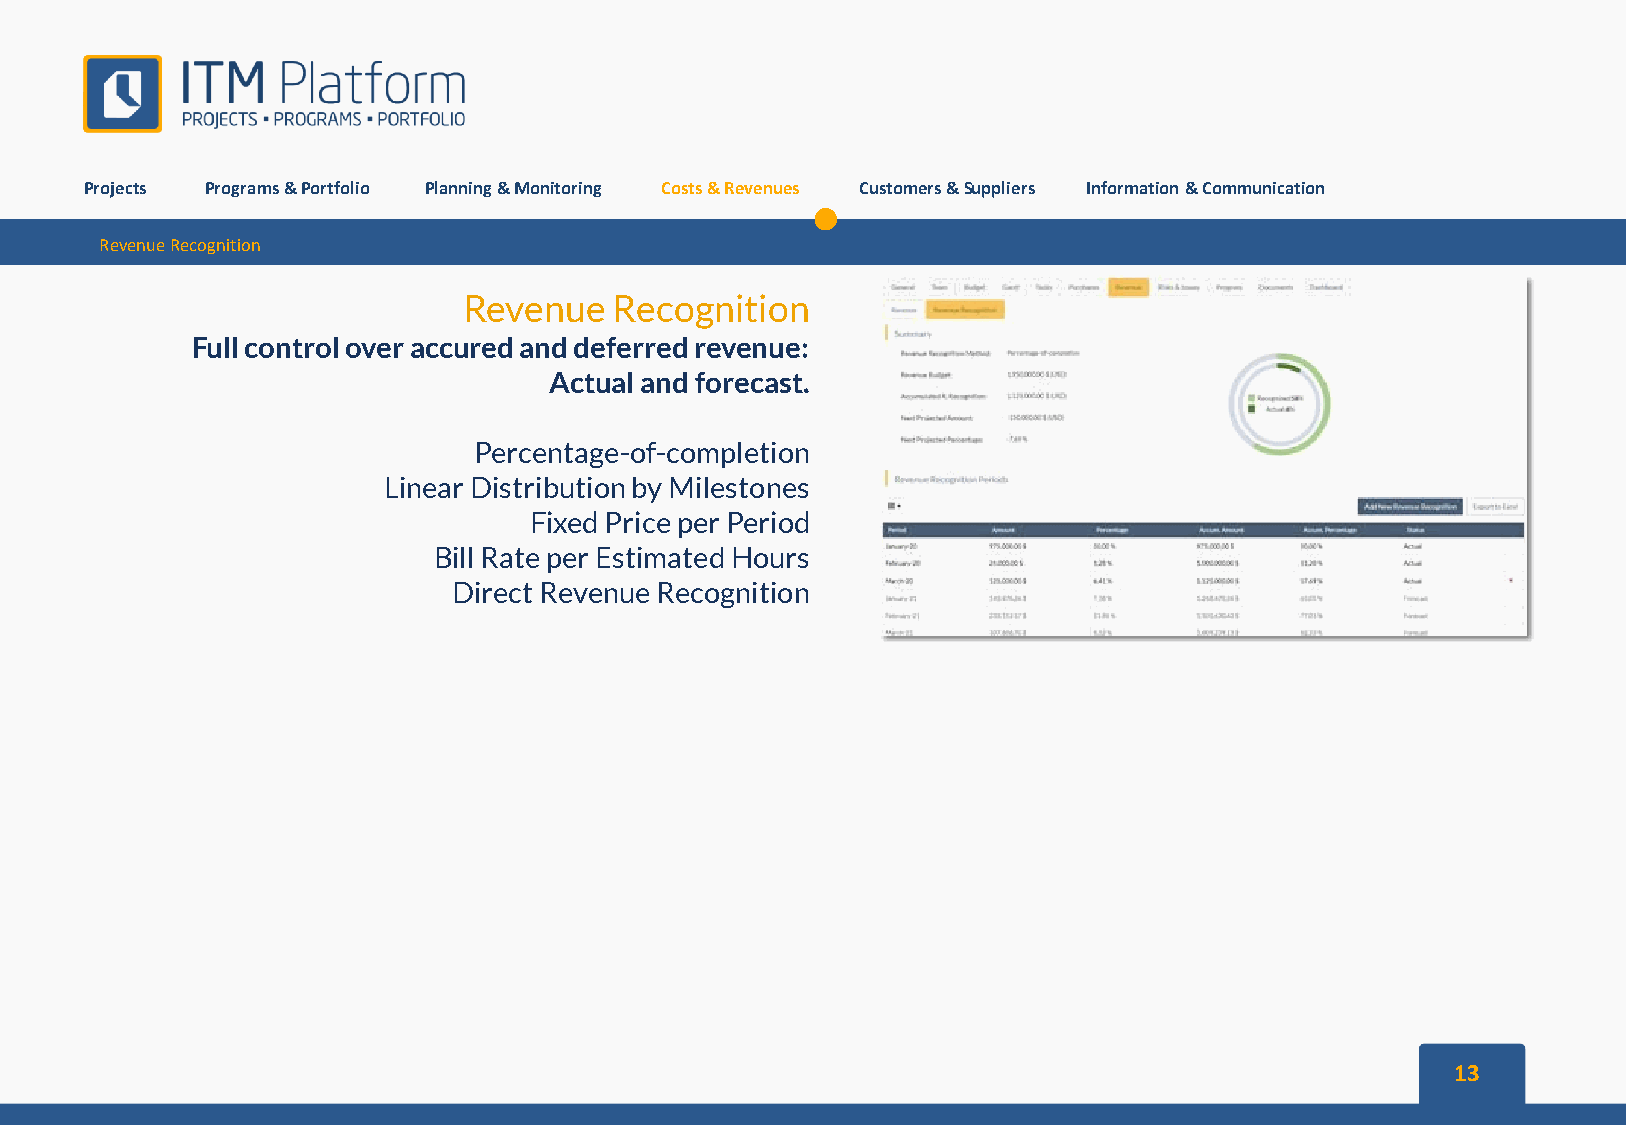
Projects Programs&Portfolio Planning&Monitoring Costs&Revenues Customers&Suppliers Information&Communication
 RevenueRecognition
 Revenue   Recognition
 Full control over accured and deferred revenue:
 Actual and forecast.
 Percentage-of-completion
 Linear Distribution by Milestones
 Fixed Price per Period
 Bill Rate per Estimated Hours
 Direct Revenue Recognition
 13